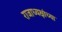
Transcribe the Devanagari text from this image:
राजाध्यक्षांच्या